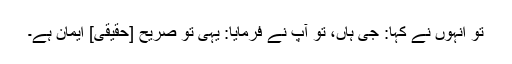
تو انہوں نے کہا: جی ہاں، تو آپ نے فرمایا: یہی تو صريح [حقیقی] ایمان ہے۔